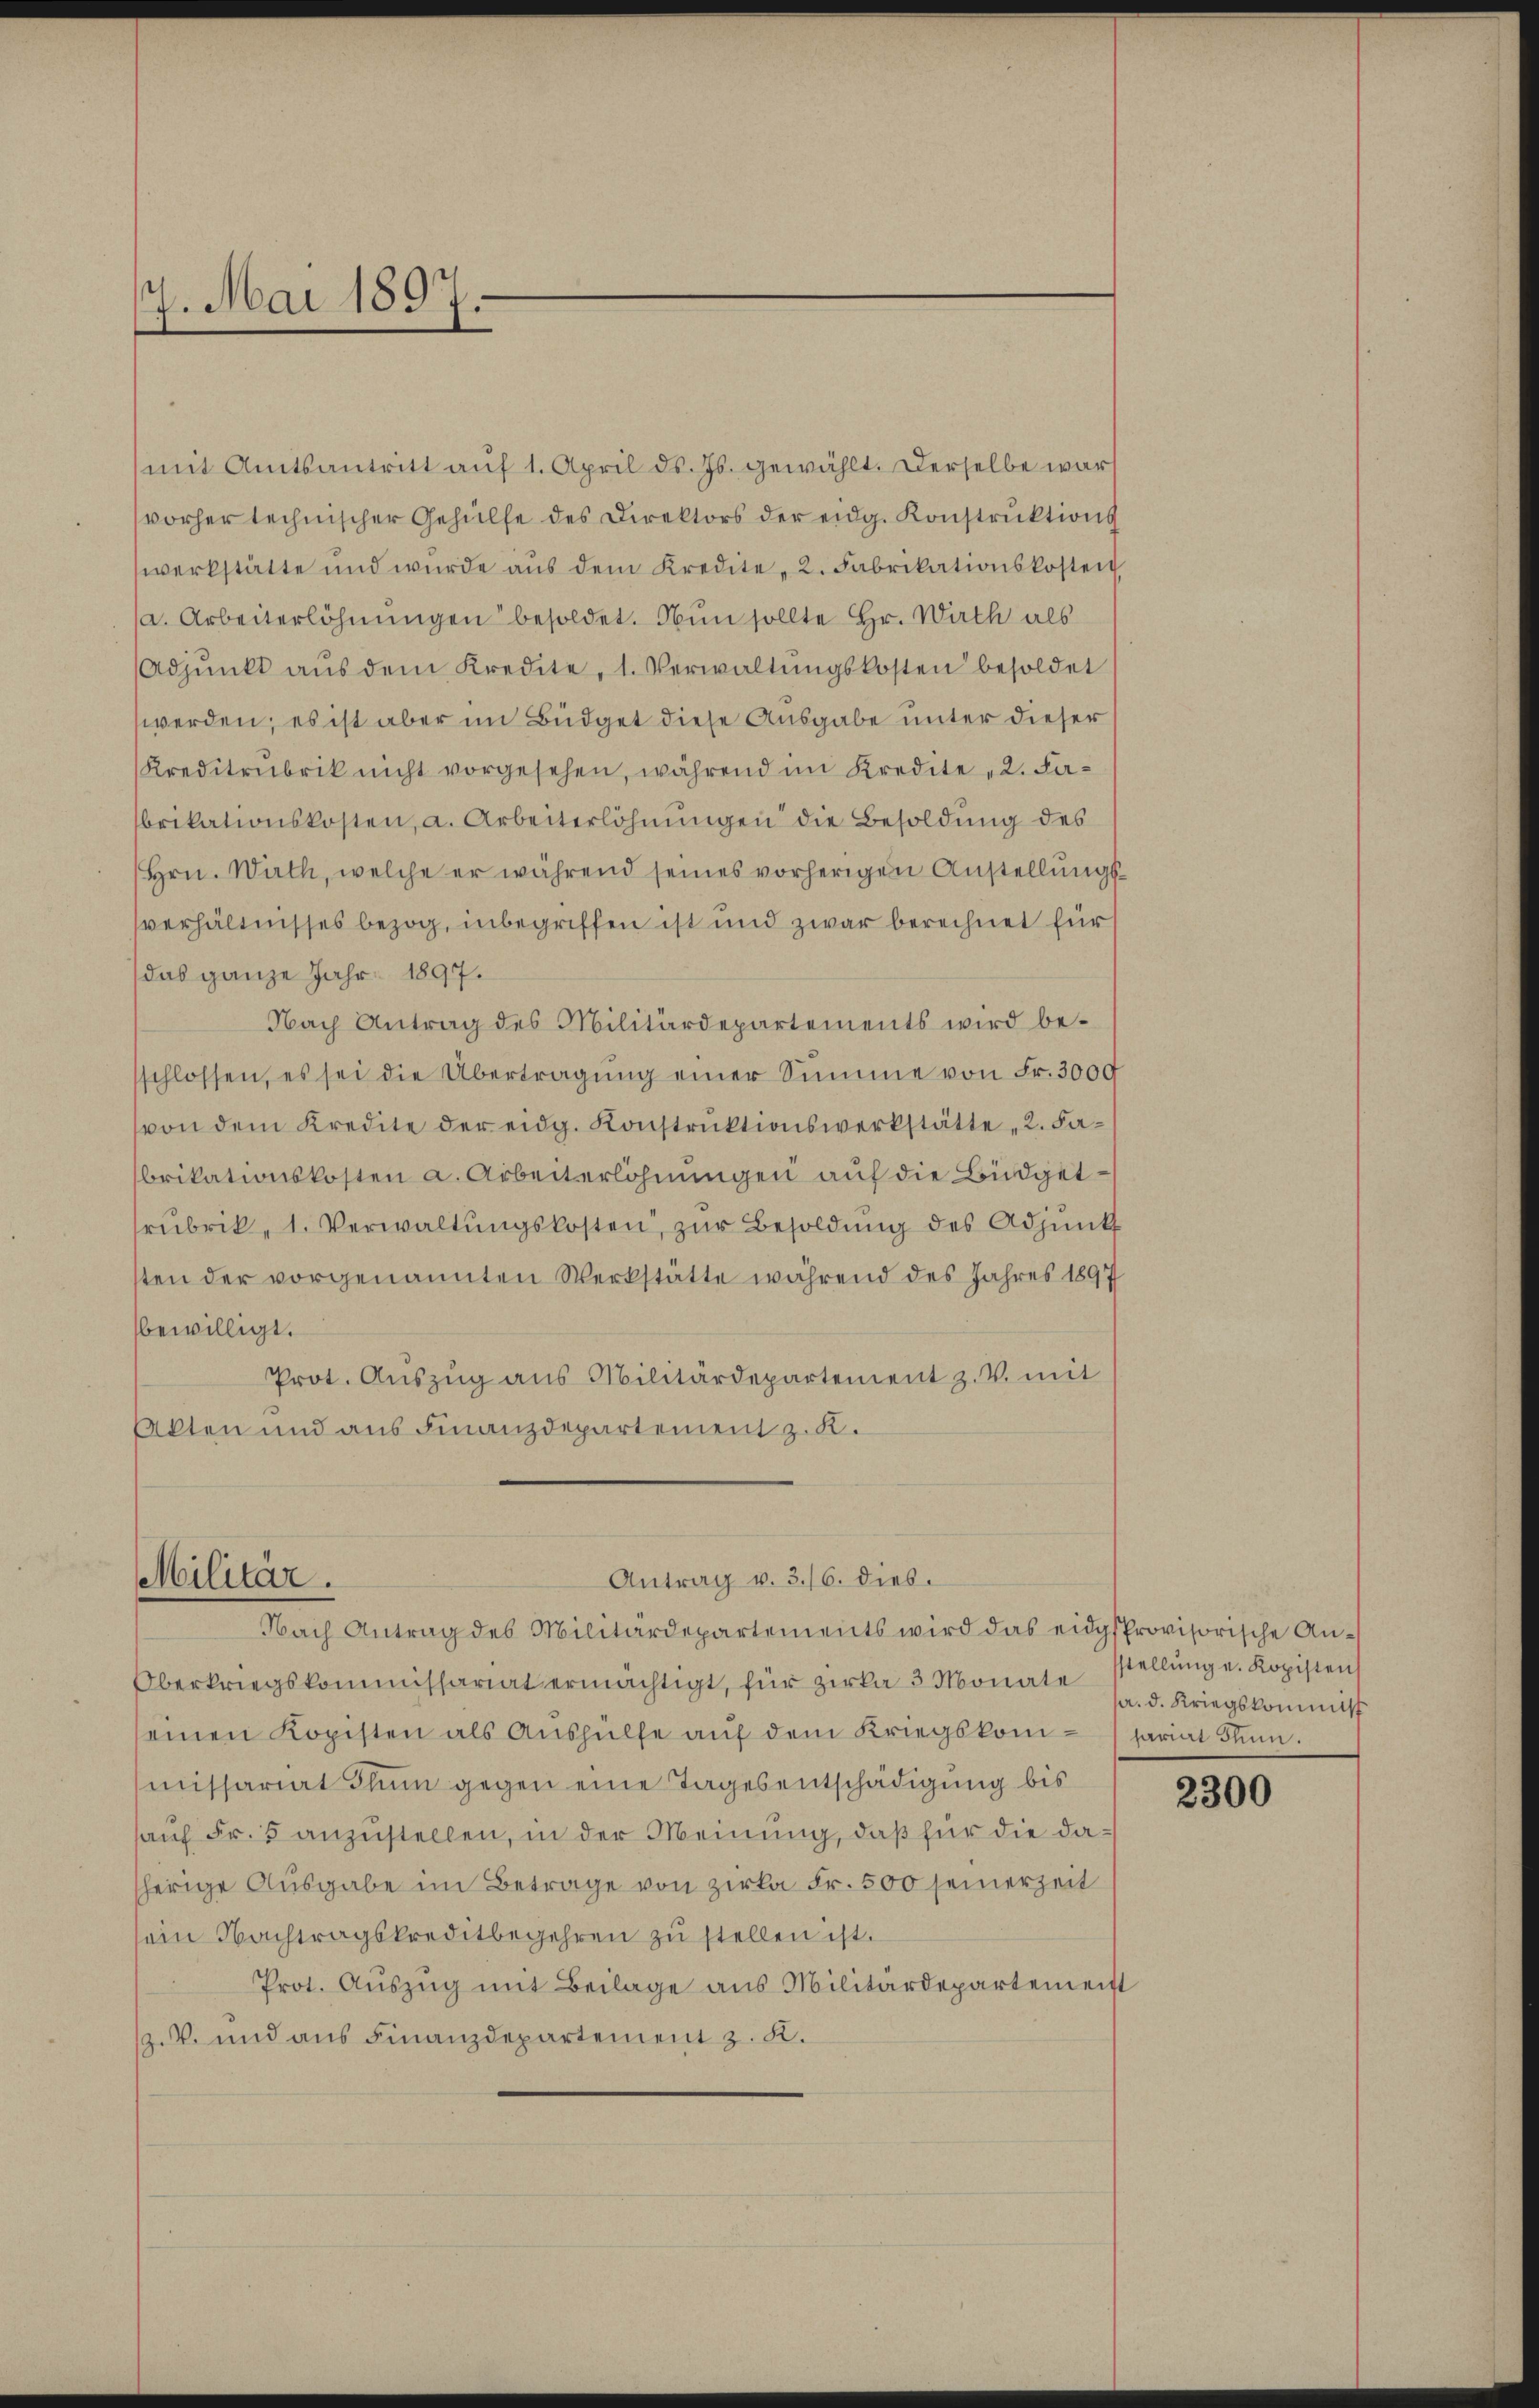
7. Mai 1897.

mit Amtsantritt aŭf 1. April d. Js. gewählt. Derselbe wars
vorher technischer Gehülfe des Direktors der eidg. Konstruktions
werkstätte und wurde aŭs dem Kredite, 2. Fabrikationskosten
a. Arbeiterlöhnungen besoldet. Nun sollte Hr. Wirth als
Adpŭnkt aŭs dem Kredite, 1. Verwaltŭngskosten besoldet
werden; es ist aber im Büdget diese Ausgabe unter dieser
Kreditrubrik nicht vorgesehen, während im Kredite 2. Fabrikationskosten, a. Arbeiterlöhnungen die Besoldung des
Hrn. Wath, welche er während seines vorherigen Anstellungssverhältnisses bezog, inbegriffen ist und zwar berechnet für s
das ganze Jahr 1897.
Nach Antrag des Militärdepartements wird be-
sschlossen, es sei die Übertragŭng einer Summe von Fr. 3000
von dem Kredite der eidg. Konstruktionswerkstätte 2. Fabrikationskosten a. Arbeiterlöhnungen auf die Büdgetrubrik, 1. Verwaltŭngskosten, zŭr Besoldŭng des Adjunk
sten der vorgenannten Werkstätte während des Jahres 1897
bewilligt.
Prot. Aŭszŭg ans Militärdepartement z. V. mit
Akten und aus Finanzdepartement z. K.

Militär.

Nach Antrag des Militärdepartements wird das eidgsprovisorische An¬
Oberkriegskommissariat ermächtigt, für Zirka 3 Monate stellung u. Kopisten
seinen Kopisten als Aŭshülfe aŭf dem Kriegskompariat St.
missariat Thun gegen eine Tagesentschädigung bis
auf Fr. 5 anzustellen, in der Meinung, daß für die dasherige Ausgabe im Betrage von Zirka Fr. 500 seinerzeit
sein Nachtragskreditbegehren zu stellen ist.
Prot. Auszug mit Beilage aus Militärdepartemeist
.V. und aus Finanzdepartement z. K.

Antrag v. 3./6. dies.

pr. d. Kriegskommis

2300